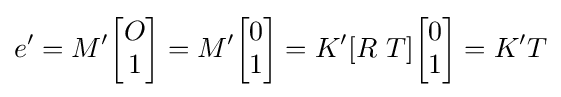
e'=M'{\begin{bmatrix}O\\1\end{bmatrix}}=M'{\begin{bmatrix}0\\1\end{bmatrix}}=K'[R~T]{\begin{bmatrix}0\\1\end{bmatrix}}=K'T